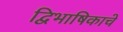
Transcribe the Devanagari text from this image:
द्विभाषिकाचे